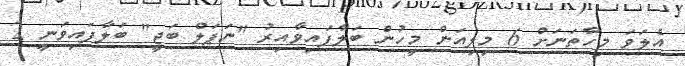
އެލަވަ މިހާތަނަށް 6 މިލިއަން މީހުން ބަލާފައިވާއިރު "ނަޕަލް ބަޖީ" ބަލާފައިވަނީ 2